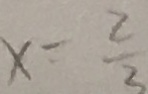
x = \frac { 2 } { 3 }